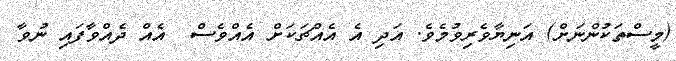
(މީސްތަކުންނަށް) އަނިޔާވެރިވުމެވެ. އަދި އެ އެއްޗަކަށް އެއްވެސް  އެއް ދެއްވާފައި ނުވާ